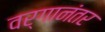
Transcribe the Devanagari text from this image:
वर्गानंतर